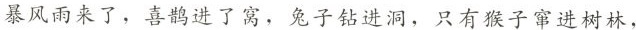
暴风雨来了，喜鹊进了窝，兔子钻进洞，只有猴子窜进树林，